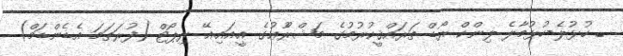
_ ހުޅުލެ-ހުޅުމާލެ ލިންކް ރޯޑް ތަރައްޤީކުރުމުގެ މަޝްރޫެޢުގެ އީ.އައި.އޭ ރިޕޯޓް (ފުރަތަމަ އެޑެންޑަމް)